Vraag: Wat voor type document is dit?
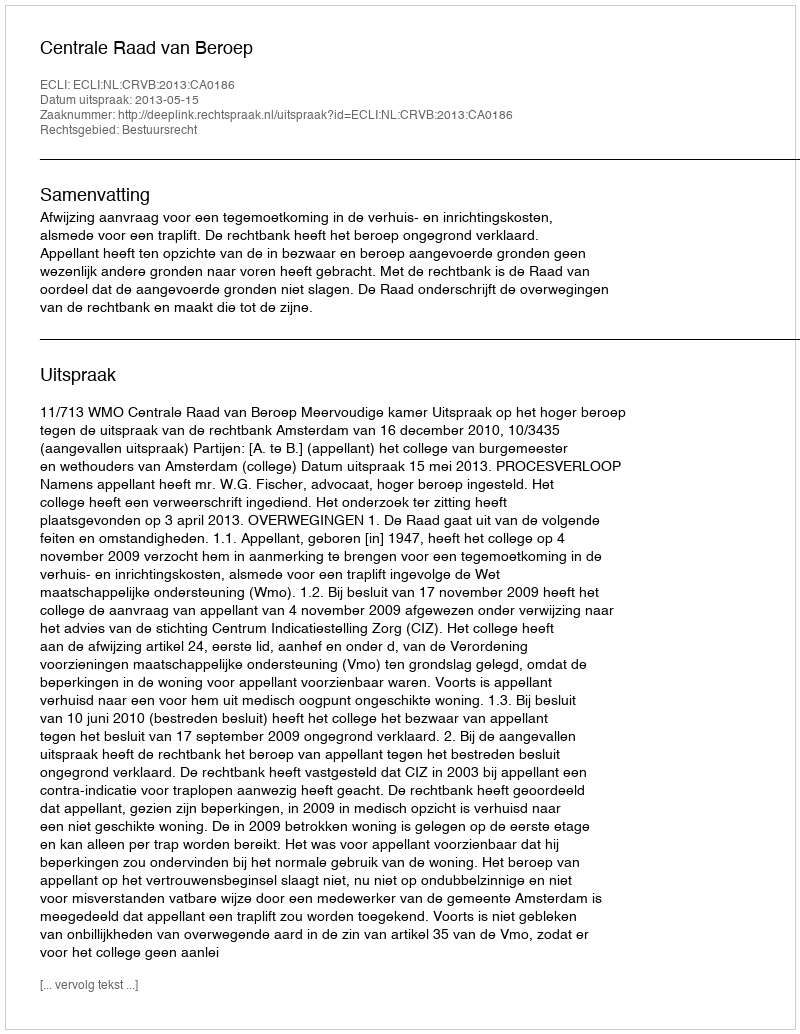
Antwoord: Uitspraak